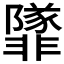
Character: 𩈁